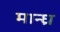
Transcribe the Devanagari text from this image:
मान्ध्र